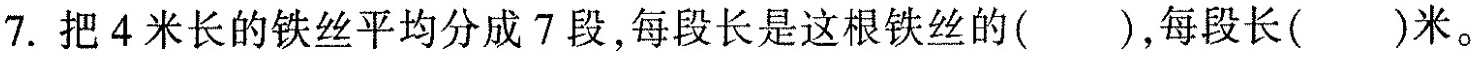
7.把4米长的铁丝平均分成7段，每段长是这根铁丝的( )，每段长( )米。